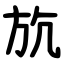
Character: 斻